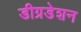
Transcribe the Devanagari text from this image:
डीग्रडेशन